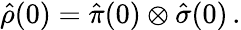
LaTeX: \hat{\rho}(0)=\hat{\pi}(0)\otimes\hat{\sigma}(0)\, .